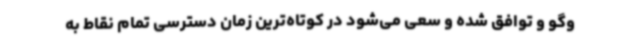
وگو و توافق شده و سعی می‌شود در کوتاه‌ترین زمان دسترسی تمام نقاط به